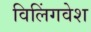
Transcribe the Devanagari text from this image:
विलिंगवेश